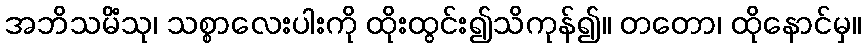
အဘိသမိံသု၊ သစ္စာလေးပါးကို ထိုးထွင်း၍သိကုန်၍။ တတော၊ ထိုနောင်မှ။